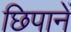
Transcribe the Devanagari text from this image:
छिपानें